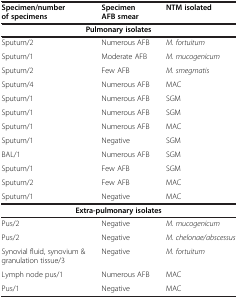
<table><thead><tr><td><b>Specimen/number of specimens</b></td><td><b>Specimen AFB smear</b></td><td><b>NTM isolated</b></td></tr></thead><tbody><tr><td colspan="3"><b>Pulmonary isolates</b></td></tr><tr><td>Sputum/2</td><td>Numerous AFB</td><td><i>M. fortuitum</i></td></tr><tr><td>Sputum/1</td><td>Moderate AFB</td><td><i>M. mucogenicum</i></td></tr><tr><td>Sputum/2</td><td>Few AFB</td><td><i>M. smegmatis</i></td></tr><tr><td>Sputum/4</td><td>Numerous AFB</td><td>MAC</td></tr><tr><td>Sputum/1</td><td>Numerous AFB</td><td>SGM</td></tr><tr><td>Sputum/1</td><td>Numerous AFB</td><td>SGM</td></tr><tr><td>Sputum/1</td><td>Numerous AFB</td><td>MAC</td></tr><tr><td>Sputum/1</td><td>Negative</td><td>SGM</td></tr><tr><td>BAL/1</td><td>Numerous AFB</td><td>SGM</td></tr><tr><td>Sputum/1</td><td>Few AFB</td><td>SGM</td></tr><tr><td>Sputum/2</td><td>Few AFB</td><td>MAC</td></tr><tr><td>Sputum/1</td><td>Negative</td><td>MAC</td></tr><tr><td colspan="3"><b>Extra-pulmonary isolates</b></td></tr><tr><td>Pus/2</td><td>Negative</td><td><i>M. mucogenicum</i></td></tr><tr><td>Pus/2</td><td>Negative</td><td><i>M. chelonae/abscessus</i></td></tr><tr><td>Synovial fluid, synovium &amp; granulation tissue/3</td><td>Negative</td><td><i>M. fortuitum</i></td></tr><tr><td>Lymph node pus/1</td><td>Numerous AFB</td><td>MAC</td></tr><tr><td>Pus/1</td><td>Negative</td><td>MAC</td></tr></tbody></table>